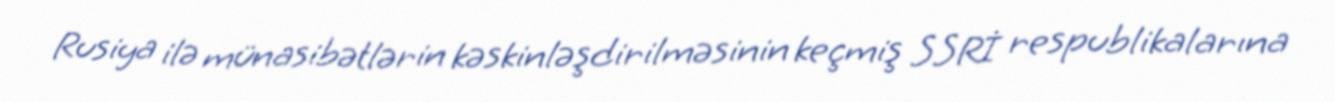
Rusiya ilə münasibətlərin kəskinləşdirilməsinin keçmiş SSRİ respublikalarına